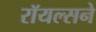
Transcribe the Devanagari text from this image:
रॉयल्सने